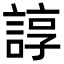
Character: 諄